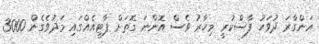
އަންގާރަ ދުވަހު ފާސްކުރީ މިހާރު ވެސް އޮންނަ ގޮތަށް ޕާޓީއެއްގައި މަދުވެގެން 3000